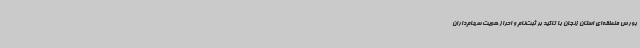
بورس منطقه‌ای استان زنجان با تاکید بر ثبت‌نام و احراز هویت سهام‌داران